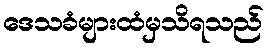
ဒေသခံများထံမှသိရသည်